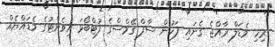
ރިހި މެޑަލް ރާއްޖެ ގެނައި ފަހުން ސާފް ގޭމްސްގެ ފުޓްބޯޅަ އިވެންޓުގެ މެޑައްޔެއް